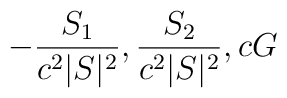
-{S_1\over c^2|S|^2},{S_2\over c^2|S|^2},cG